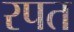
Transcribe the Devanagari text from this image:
रपत